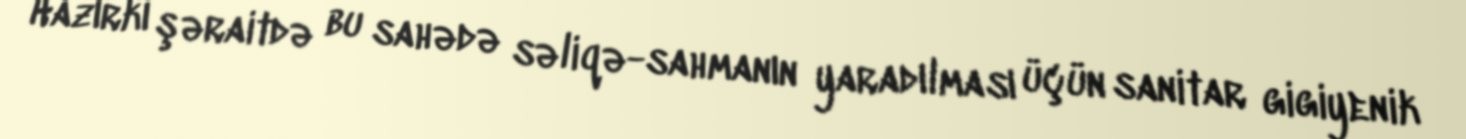
Hazırkı şəraitdə bu sahədə səliqə-sahmanın yaradılması üçün sanitar gigiyenik